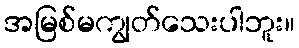
အမြစ်မကျွတ်သေးပါဘူး။